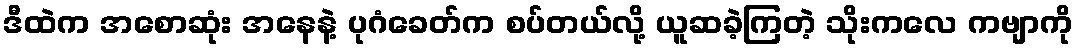
ဒီထဲက အစောဆုံး အနေနဲ့ ပုဂံခေတ်က စပ်တယ်လို့ ယူဆခဲ့ကြတဲ့ သိုးကလေ ကဗျာကို